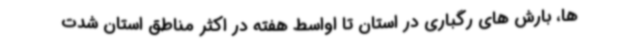
ها، بارش های رگباری در استان تا اواسط هفته در اکثر مناطق استان شدت